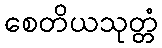
စေတိယသုတ္တံ